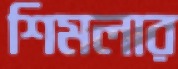
শিমলার